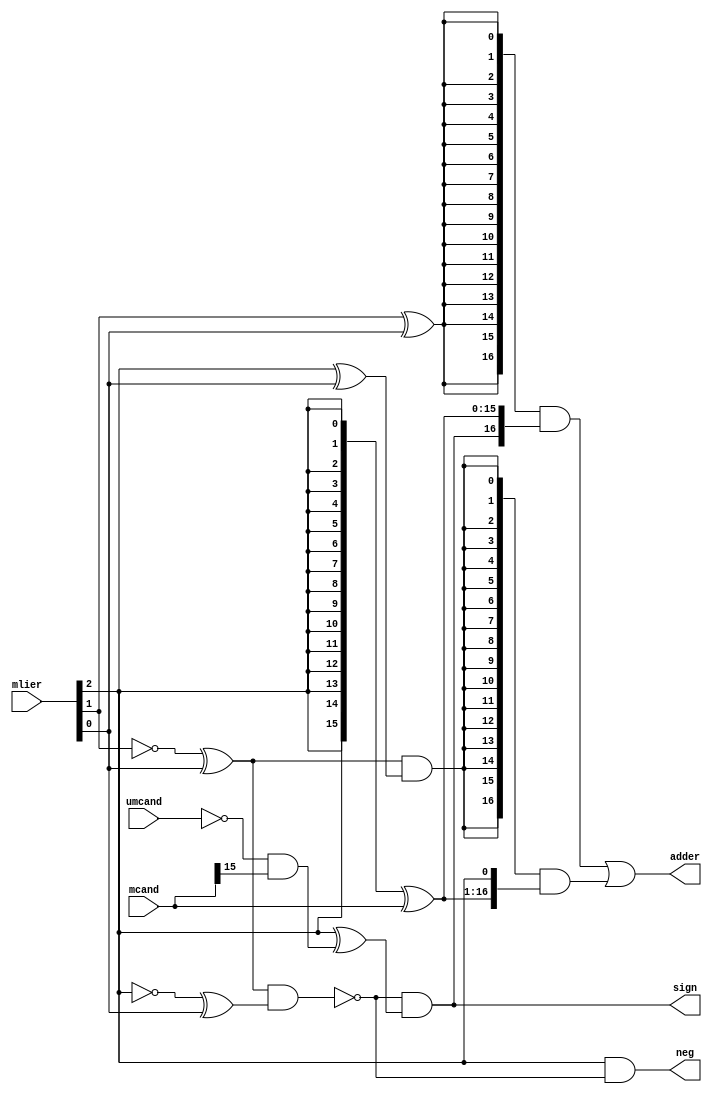
`ifndef __BOOTH16__
`define __BOOTH16__
module booth16(
mcand,mlier,umcand,sign,adder,neg);

input[15:0] mcand;//multiplicand
input[2:0] mlier;//multiplier
input umcand;//unsigned multiplicand
output[16:0] adder;//output
output sign;//for signed extention
output neg;//for 1's to 2's complement

wire[15:0] mcand_comp;
wire zero,one,two;
wire s,n;
assign mcand_comp={16{mlier[2]}}^mcand;
assign n=mlier[2];
assign zero=(~mlier[1]^mlier[0])&(~mlier[2]^mlier[0]);
assign one=mlier[1]^mlier[0];
assign two=(~mlier[1]^mlier[0])&(mlier[2]^mlier[0]);
assign s=~zero&(n^(~umcand&mcand[15]));


assign adder=({17{one}}&{s,mcand_comp})|
		({17{two}}&{mcand_comp,mlier[2]});
assign sign=s;
assign neg=n&(~zero);

endmodule
`endif